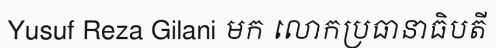
Yusuf Reza Gilani មក លោកប្រធានាធិបតី